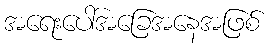
အရေးပေါ်အခြေအနေအဖြစ်